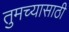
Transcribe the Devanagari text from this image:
तुमच्यासाठी